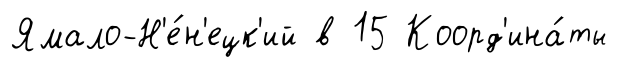
Ямало-Н'е́н'ецк'ий в 15 Коорд'ина́ты